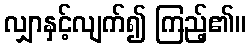
လျှာနှင့်လျက်၍ ကြည့်၏။